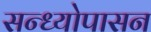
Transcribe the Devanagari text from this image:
सन्ध्याेपासन